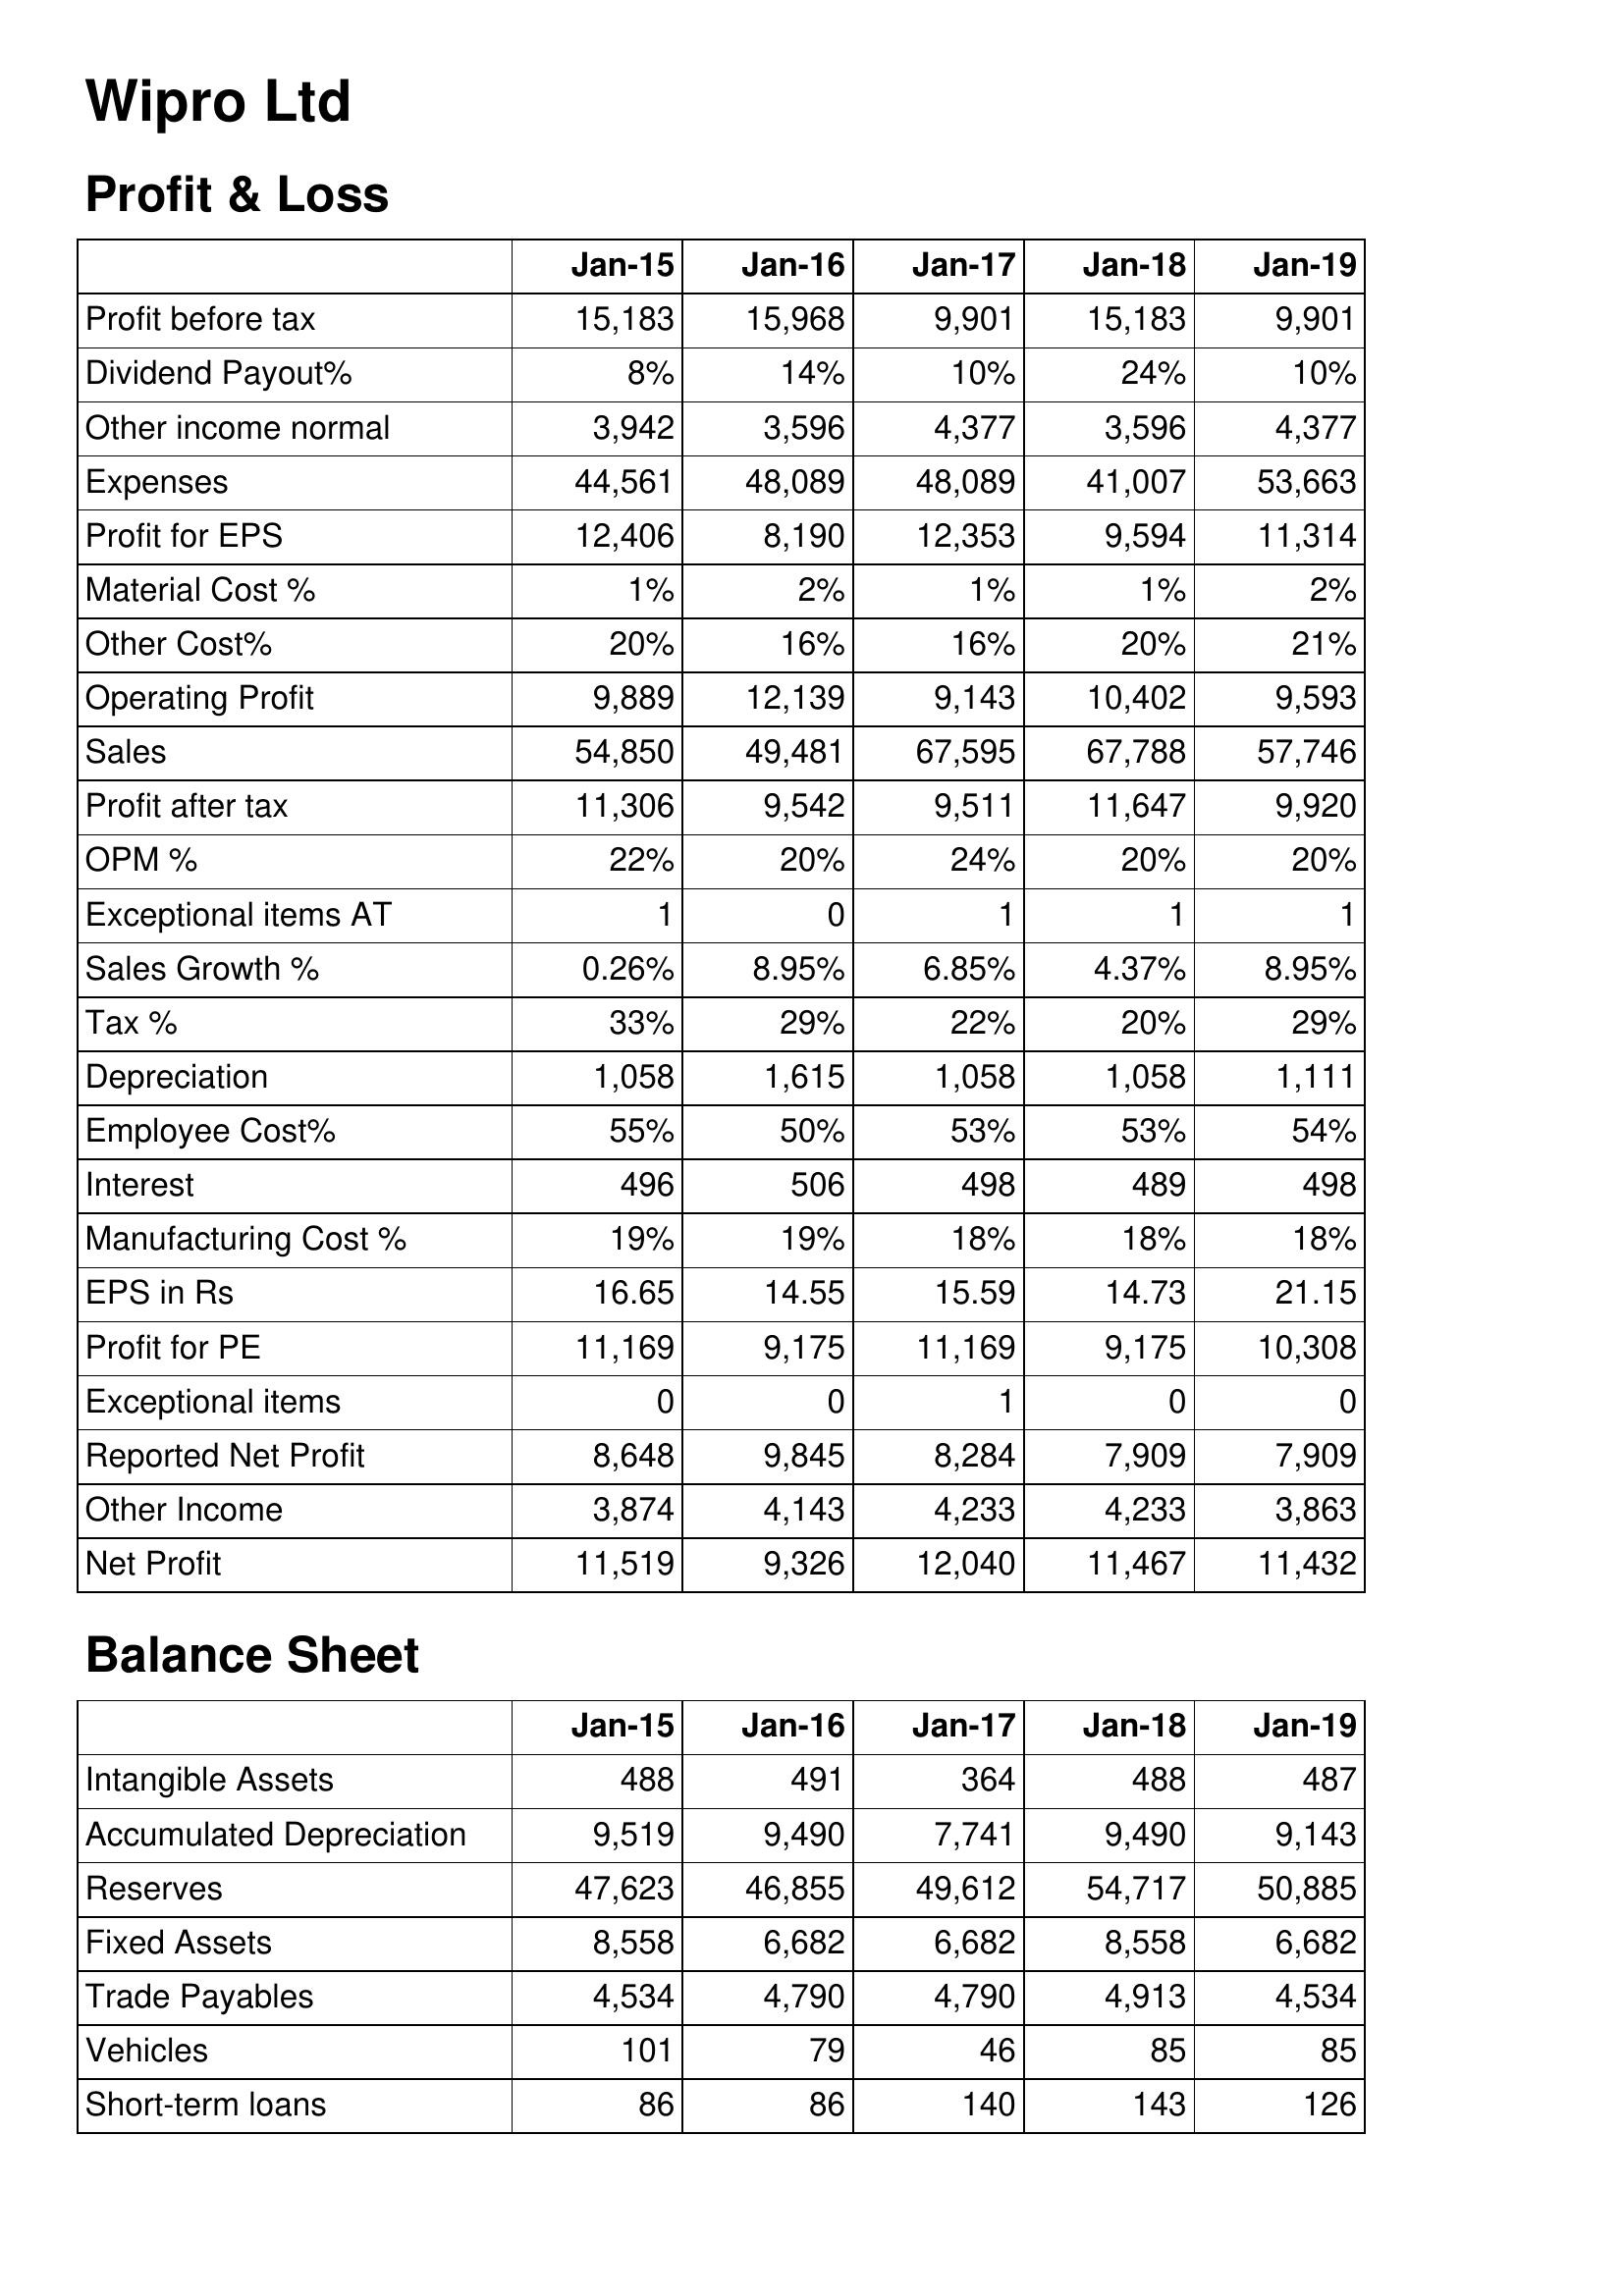
Jan-15: Profit & Loss: Profit before tax: 15,183
Dividend Payout%: 8%
Other income normal: 3,942
Expenses: 44,561
Profit for EPS: 12,406
Material Cost %: 1%
Other Cost%: 20%
Operating Profit: 9,889
Sales: 54,850
Profit after tax: 11,306
OPM %: 22%
Exceptional items AT: 1
Sales Growth %: 0.26%
Tax %: 33%
Depreciation: 1,058
Employee Cost%: 55%
Interest: 496
Manufacturing Cost %: 19%
EPS in Rs: 16.65
Profit for PE: 11,169
Exceptional items: 0
Reported Net Profit: 8,648
Other Income: 3,874
Net Profit: 11,519
Balance Sheet: Intangible Assets: 488
Accumulated Depreciation: 9,519
Reserves: 47,623
Fixed Assets: 8,558
Trade Payables: 4,534
Vehicles: 101
Short-term loans: 86
Jan-16: Profit & Loss: Profit before tax: 15,968
Dividend Payout%: 14%
Other income normal: 3,596
Expenses: 48,089
Profit for EPS: 8,190
Material Cost %: 2%
Other Cost%: 16%
Operating Profit: 12,139
Sales: 49,481
Profit after tax: 9,542
OPM %: 20%
Exceptional items AT: 0
Sales Growth %: 8.95%
Tax %: 29%
Depreciation: 1,615
Employee Cost%: 50%
Interest: 506
Manufacturing Cost %: 19%
EPS in Rs: 14.55
Profit for PE: 9,175
Exceptional items: 0
Reported Net Profit: 9,845
Other Income: 4,143
Net Profit: 9,326
Balance Sheet: Intangible Assets: 491
Accumulated Depreciation: 9,490
Reserves: 46,855
Fixed Assets: 6,682
Trade Payables: 4,790
Vehicles: 79
Short-term loans: 86
Jan-17: Profit & Loss: Profit before tax: 9,901
Dividend Payout%: 10%
Other income normal: 4,377
Expenses: 48,089
Profit for EPS: 12,353
Material Cost %: 1%
Other Cost%: 16%
Operating Profit: 9,143
Sales: 67,595
Profit after tax: 9,511
OPM %: 24%
Exceptional items AT: 1
Sales Growth %: 6.85%
Tax %: 22%
Depreciation: 1,058
Employee Cost%: 53%
Interest: 498
Manufacturing Cost %: 18%
EPS in Rs: 15.59
Profit for PE: 11,169
Exceptional items: 1
Reported Net Profit: 8,284
Other Income: 4,233
Net Profit: 12,040
Balance Sheet: Intangible Assets: 364
Accumulated Depreciation: 7,741
Reserves: 49,612
Fixed Assets: 6,682
Trade Payables: 4,790
Vehicles: 46
Short-term loans: 140
Jan-18: Profit & Loss: Profit before tax: 15,183
Dividend Payout%: 24%
Other income normal: 3,596
Expenses: 41,007
Profit for EPS: 9,594
Material Cost %: 1%
Other Cost%: 20%
Operating Profit: 10,402
Sales: 67,788
Profit after tax: 11,647
OPM %: 20%
Exceptional items AT: 1
Sales Growth %: 4.37%
Tax %: 20%
Depreciation: 1,058
Employee Cost%: 53%
Interest: 489
Manufacturing Cost %: 18%
EPS in Rs: 14.73
Profit for PE: 9,175
Exceptional items: 0
Reported Net Profit: 7,909
Other Income: 4,233
Net Profit: 11,467
Balance Sheet: Intangible Assets: 488
Accumulated Depreciation: 9,490
Reserves: 54,717
Fixed Assets: 8,558
Trade Payables: 4,913
Vehicles: 85
Short-term loans: 143
Jan-19: Profit & Loss: Profit before tax: 9,901
Dividend Payout%: 10%
Other income normal: 4,377
Expenses: 53,663
Profit for EPS: 11,314
Material Cost %: 2%
Other Cost%: 21%
Operating Profit: 9,593
Sales: 57,746
Profit after tax: 9,920
OPM %: 20%
Exceptional items AT: 1
Sales Growth %: 8.95%
Tax %: 29%
Depreciation: 1,111
Employee Cost%: 54%
Interest: 498
Manufacturing Cost %: 18%
EPS in Rs: 21.15
Profit for PE: 10,308
Exceptional items: 0
Reported Net Profit: 7,909
Other Income: 3,863
Net Profit: 11,432
Balance Sheet: Intangible Assets: 487
Accumulated Depreciation: 9,143
Reserves: 50,885
Fixed Assets: 6,682
Trade Payables: 4,534
Vehicles: 85
Short-term loans: 126